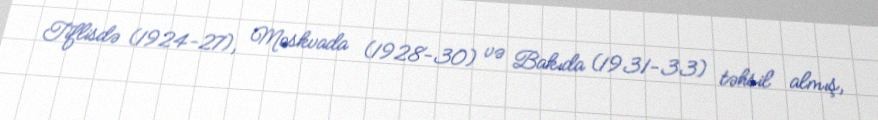
Tiflisdə (1924-27), Moskvada (1928-30) və Bakıda (1931-33) təhsil almış,